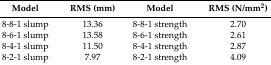
| Model | RMS (mm) | Model | RMS (N/mm2) |
 | --- | --- | --- | --- |
 | 8-8-1 slump | 13.36 | 8-8-1 strength | 2.70 |
 | 8-6-1 slump | 13.58 | 8-6-1 strength | 2.61 |
 | 8-4-1 slump | 11.50 | 8-4-1 strength | 2.87 |
 | 8-2-1 slump | 7.97 | 8-2-1 strength | 4.09 |